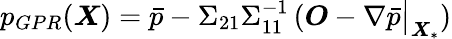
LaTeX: p_{GPR}(\boldsymbol{X})=\bar{p}-\Sigma_{21}\Sigma_{11}^{-1}\left(\boldsymbol{O}-\nabla\bar{p}\big|_{\boldsymbol{X}_{*}}\right)